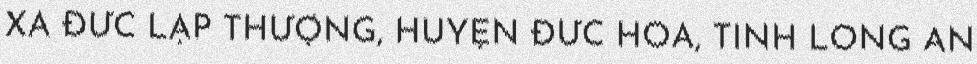
XÃ ĐỨC LẬP THƯỢNG, HUYỆN ĐỨC HÒA, TỈNH LONG AN